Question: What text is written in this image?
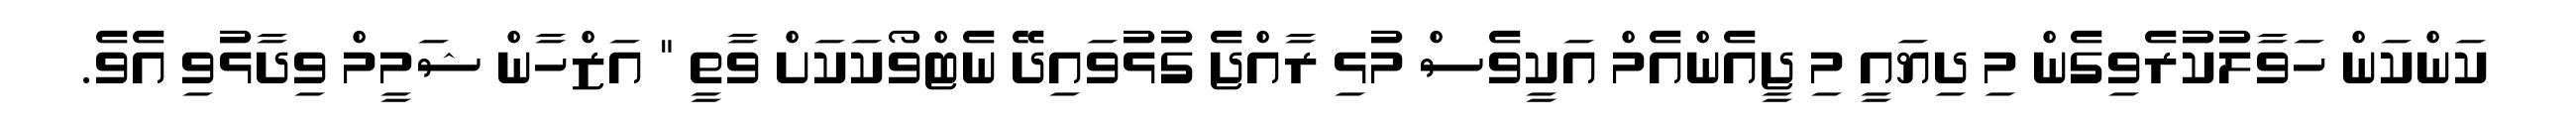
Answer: ކަންކަން ހަވާލުކުރެވިގެން މި ދިޔައީ މި ޖީއެންއެމް އަކީވެސް މުޅި ރާއްޖެ ގުޅުވައިދޭ ނެޓްވޯކަކަށް ވާތީ " އަޒްހާން ޝަމީމް ވިދާޅުވި އެވެ.